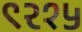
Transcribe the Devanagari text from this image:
९२१५